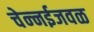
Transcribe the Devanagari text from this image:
चेन्‍नईजवळ